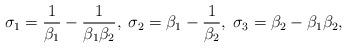
LaTeX: \begin{align*}\sigma_{1}=\frac{1}{\beta_{1}}-\frac{1}{\beta_{1}\beta_{2}},\; \sigma_{2}=\beta_{1}-\frac{1}{\beta_{2}},\; \sigma_{3}=\beta_{2}-\beta_{1}\beta_{2},\end{align*}